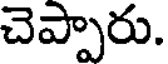
చెప్పారు.